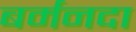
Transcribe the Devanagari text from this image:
बर्मनदा